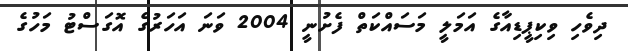
ދިވެހި ވިކިޕީޑިއާގެ އަމަލީ މަސައްކަތް ފެށުނީ 2004 ވަނަ އަހަރުގެ އޮގަސްޓު މަހުގެ